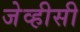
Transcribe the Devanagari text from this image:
जेव्हीसी